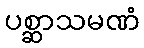
ပစ္ဆာသမဏံ